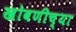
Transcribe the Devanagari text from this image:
खोबणीच्या